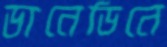
ডানেডিনে